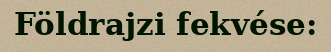
Földrajzi fekvése: